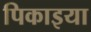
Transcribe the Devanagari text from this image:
पिकाइया